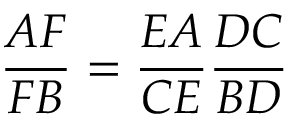
{ \frac { A F } { F B } } = { \frac { E A } { C E } } { \frac { D C } { B D } }